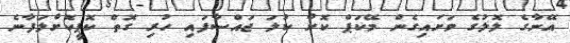
އޭނާގެ ލޮލުގެ ވަށައިގެން މޭކަޕް ކޮށް ކުލަ ޖައްސާފައި ހުރި ގޮތް ކޮޕީކޮށްލަފާނެ